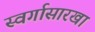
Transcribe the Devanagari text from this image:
स्वर्गासारखा